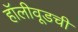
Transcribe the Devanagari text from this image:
हॉलीवूडची